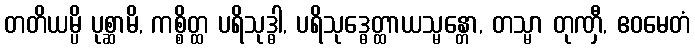
တတိယမ္ပိ ပုစ္ဆာမိ, ကစ္စိတ္ထ ပရိသုဒ္ဓါ, ပရိသုဒ္ဓေတ္ထာယသ္မန္တော, တသ္မာ တုဏှီ, ဧဝမေတံ